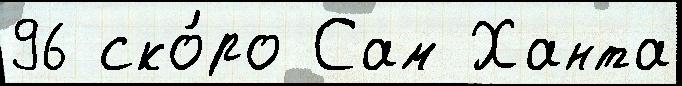
96 ско́ро Сам Ханта